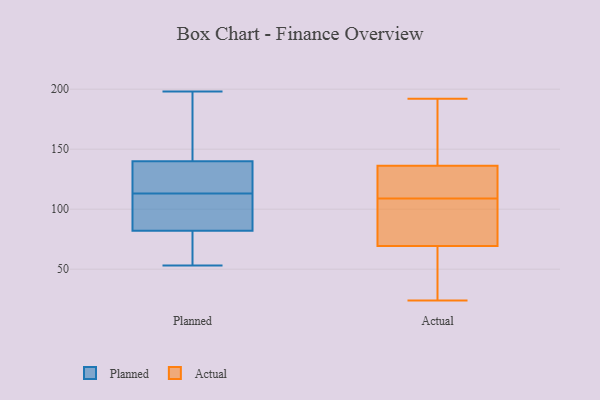
{"axis": {"x": "Demand Index", "y": "Value"}, "legend": ["Actual", "Planned"], "data": [{"x": "", "y": 106, "type": "Planned"}, {"x": "", "y": 92, "type": "Planned"}, {"x": "", "y": 198, "type": "Planned"}, {"x": "", "y": 99, "type": "Planned"}, {"x": "", "y": 87, "type": "Planned"}, {"x": "", "y": 53, "type": "Planned"}, {"x": "", "y": 122, "type": "Planned"}, {"x": "", "y": 180, "type": "Planned"}, {"x": "", "y": 82, "type": "Planned"}, {"x": "", "y": 80, "type": "Planned"}, {"x": "", "y": 121, "type": "Planned"}, {"x": "", "y": 71, "type": "Planned"}, {"x": "", "y": 62, "type": "Planned"}, {"x": "", "y": 140, "type": "Planned"}, {"x": "", "y": 123, "type": "Planned"}, {"x": "", "y": 166, "type": "Planned"}, {"x": "", "y": 160, "type": "Planned"}, {"x": "", "y": 120, "type": "Planned"}, {"x": "", "y": 75, "type": "Actual"}, {"x": "", "y": 192, "type": "Actual"}, {"x": "", "y": 79, "type": "Actual"}, {"x": "", "y": 132, "type": "Actual"}, {"x": "", "y": 70, "type": "Actual"}, {"x": "", "y": 31, "type": "Actual"}, {"x": "", "y": 172, "type": "Actual"}, {"x": "", "y": 109, "type": "Actual"}, {"x": "", "y": 24, "type": "Actual"}, {"x": "", "y": 109, "type": "Actual"}, {"x": "", "y": 146, "type": "Actual"}, {"x": "", "y": 67, "type": "Actual"}, {"x": "", "y": 133, "type": "Actual"}]}